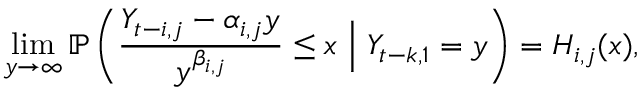
\operatorname* { l i m } _ { y \to \infty } \mathbb { P } \left( \frac { Y _ { t - i , j } - \alpha _ { i , j } y } { y ^ { \beta _ { i , j } } } \leq x \ \Big | \ Y _ { t - k , 1 } = y \right) = H _ { i , j } ( x ) ,